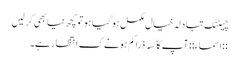
چیٹنگ تبادلہ خیال مکمل ہو گیا ہو تو کچھ نیا بھی کر لیں
::اسماء:: آپ کا گسہ ذرا کم ہونے ک انتظار ہے۔